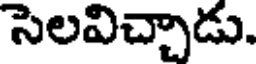
సెలవిచ్చాడు.